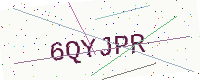
Text: 6QYJPR